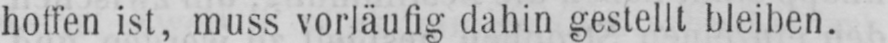
holten ist, muss vorläufig dahin gestellt bleiben.